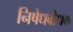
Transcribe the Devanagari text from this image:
निषेधबोधक